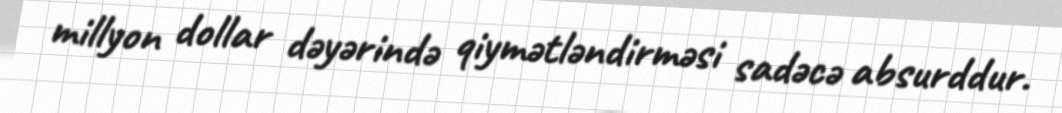
millyon dollar dəyərində qiymətləndirməsi sadəcə absurddur.